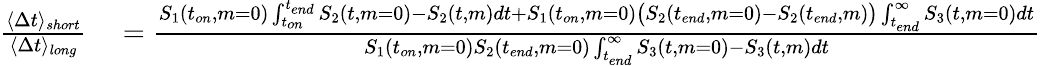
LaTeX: \begin{array}{rl}{\frac{\langle\Delta t\rangle_{short}}{\langle\Delta t\rangle_{long}}}&{{}=\frac{S_{1}(t_{on},m=0)\int_{t_{on}}^{t_{end}}S_{2}(t,m=0)-S_{2}(t,m)dt+S_{1}(t_{on},m=0)\big(S_{2}(t_{end},m=0)-S_{2}(t_{end},m)\big)\int_{t_{end}}^{\infty}S_{3}(t,m=0)dt}{S_{1}(t_{on},m=0)S_{2}(t_{end},m=0)\int_{t_{end}}^{\infty}S_{3}(t,m=0)-S_{3}(t,m)dt}}\end{array}